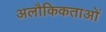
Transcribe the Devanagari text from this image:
अलौकिकताओं